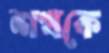
শখকে